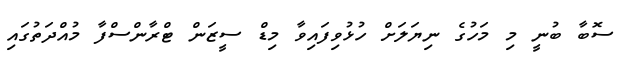
ސޮބާ ބުނީ މި މަހުގެ ނިޔަލަށް ހުޅުވިފައިވާ މިޑް ސީޒަން ޓްރާންސްފާ މުއްދަތުގައި